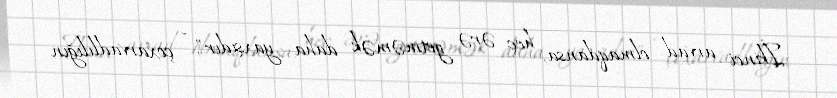
İkinci arvad olmaqdansa, heç ərə getməmək daha yaxşıdır", - çoxarvadlılığın